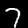
Label: 7